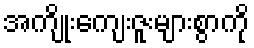
အကျိုးကျေးဇူးများစွာကို